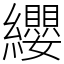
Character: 纓